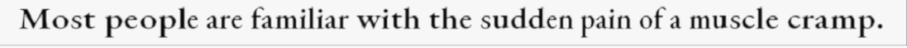
Most people are familiar with the sudden pain of a muscle cramp.